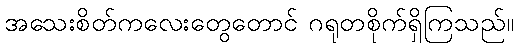
အသေးစိတ်ကလေးတွေတောင် ဂရုတစိုက်ရှိကြသည်။